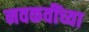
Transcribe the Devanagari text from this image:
नवकवींच्या